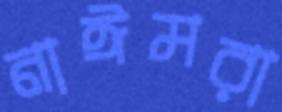
নাঈমরা